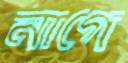
নাগে